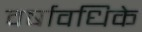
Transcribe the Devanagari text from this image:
वर्षावधिके